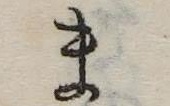
ま